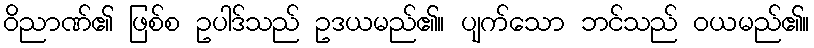
ဝိညာဏ်၏ ဖြစ်စ ဥပါဒ်သည် ဥဒယမည်၏။ ပျက်သော ဘင်သည် ဝယမည်၏။